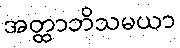
အတ္ထာဘိသမယာ